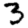
Digit: 3